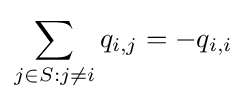
\sum _{j\in S:j\neq i}q_{i,j}=-q_{i,i}